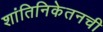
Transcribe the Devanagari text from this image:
शांतिनिकेतनची